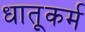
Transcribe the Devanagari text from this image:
धातूकर्म